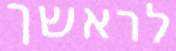
לראשך